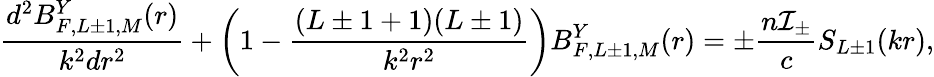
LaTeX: \frac{d^{2}B_{F,L\pm 1,M}^{Y}(r)}{k^{2}dr^{2}}+\left(1-\frac{(L\pm 1+1)(L\pm 1)}{k^{2}r^{2}}\right)B_{F,L\pm 1,M}^{Y}(r)=\pm\frac{n{\cal I}_{\pm}}{c}S_{L\pm 1}(kr),